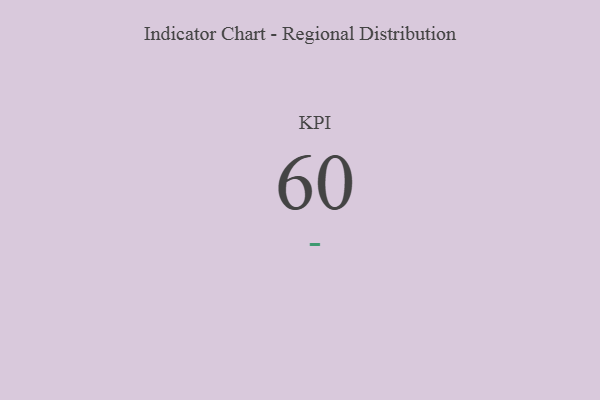
{"axis": {"x": "KPI", "y": "Value"}, "legend": [""], "data": [{"x": "KPI", "y": 60, "type": ""}]}